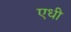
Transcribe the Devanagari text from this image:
एधी